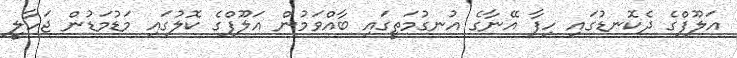
އަލޫފްގެ ދެކޮނޑުގައި ހިފާ އޭނާގެ އުނގުމަތީގައި ބާއްވަމުން އަލޫފްގެ ކޮލުގައި މަޑުމަޑުން ޖަހާލީ